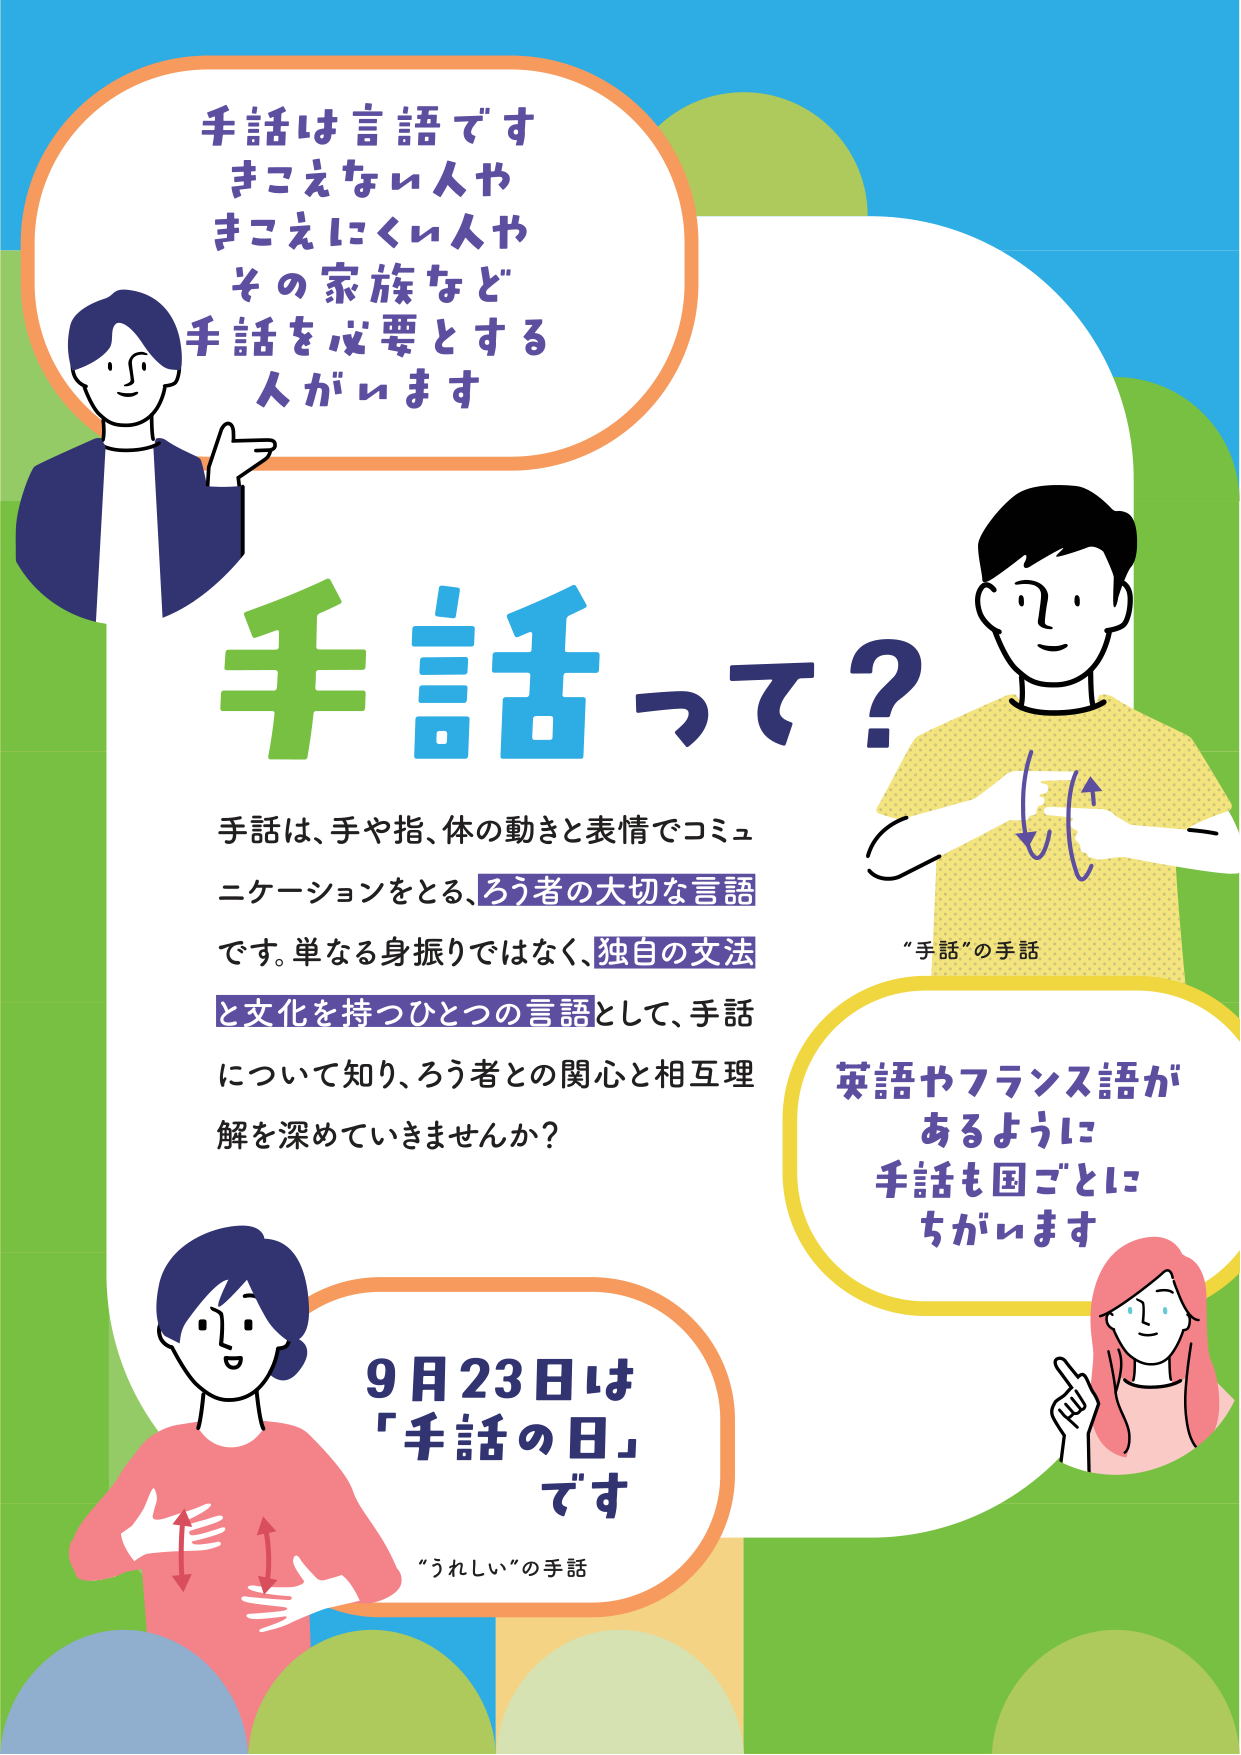
手話は言語です
きこえなぃ人や
きこえにくぃ人や
その家族など
手話を必要とする
人がぃます

手話って？

手話は、手や指、体の動きと表情でコミュニケーションをとる、ろう者の大切な言語です。単なる身振りではなく、独自の文法と文化を持つひとつの言語として、手話について知り、ろう者との関心と相互理解を深めていきませんか？

“手話”の手話

英語やフランス語があるように
手話も国ごとに
ちがぃます

9月23日は
「手話の日」
です

“うれしい”の手話